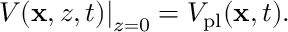
\left. V ( \mathbf { x } , z , t ) \right| _ { z = 0 } = V _ { \mathrm { p l } } ( \mathbf { x } , t ) .